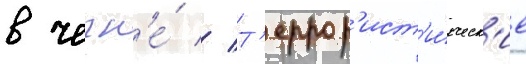
в чечн'е́ // Т'еррор'ист'и́ческ'ие